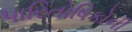
પારિતોષિકોની